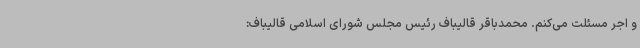
و اجر مسئلت می‌کنم. محمدباقر قالیباف رئیس مجلس شورای اسلامی قالیباف: